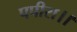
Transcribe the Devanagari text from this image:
पपीरा।।